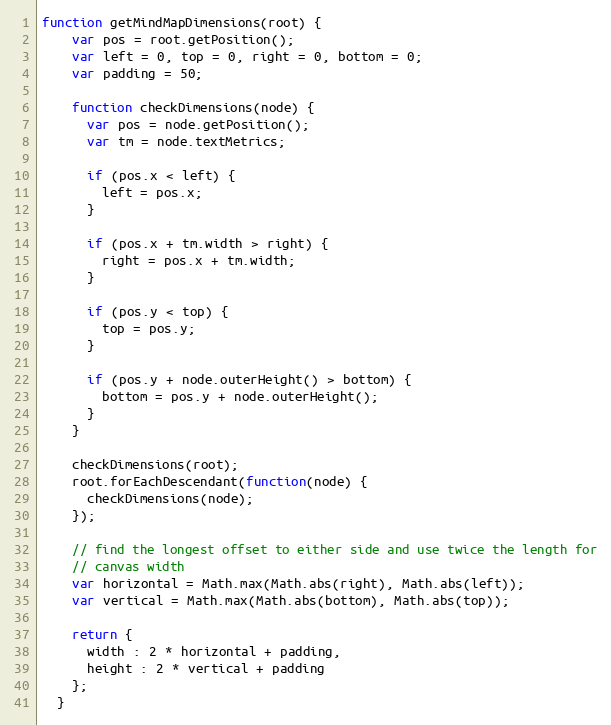
Language: JavaScript
function getMindMapDimensions(root) {
    var pos = root.getPosition();
    var left = 0, top = 0, right = 0, bottom = 0;
    var padding = 50;

    function checkDimensions(node) {
      var pos = node.getPosition();
      var tm = node.textMetrics;

      if (pos.x < left) {
        left = pos.x;
      }

      if (pos.x + tm.width > right) {
        right = pos.x + tm.width;
      }

      if (pos.y < top) {
        top = pos.y;
      }

      if (pos.y + node.outerHeight() > bottom) {
        bottom = pos.y + node.outerHeight();
      }
    }

    checkDimensions(root);
    root.forEachDescendant(function(node) {
      checkDimensions(node);
    });

    // find the longest offset to either side and use twice the length for
    // canvas width
    var horizontal = Math.max(Math.abs(right), Math.abs(left));
    var vertical = Math.max(Math.abs(bottom), Math.abs(top));

    return {
      width : 2 * horizontal + padding,
      height : 2 * vertical + padding
    };
  }